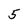
Character: 5